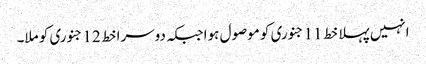
انہیں پہلا خط 11 جنوری کو موصول ہوا جبکہ دوسرا خط 12 جنوری کو ملا۔